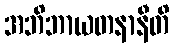
အဘိဘာယတနာနီတိ